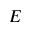
E